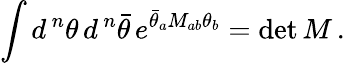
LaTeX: \int d^{\, n}\theta\, d^{\, n}\bar{\theta}\, e^{\bar{\theta}_{a}M_{ab}\theta_{b}}=\operatorname*{det}M\, .